Civil Veterinary Department Bihar & Orissa reports 1911-21 - 1911-1921
Year: 1911
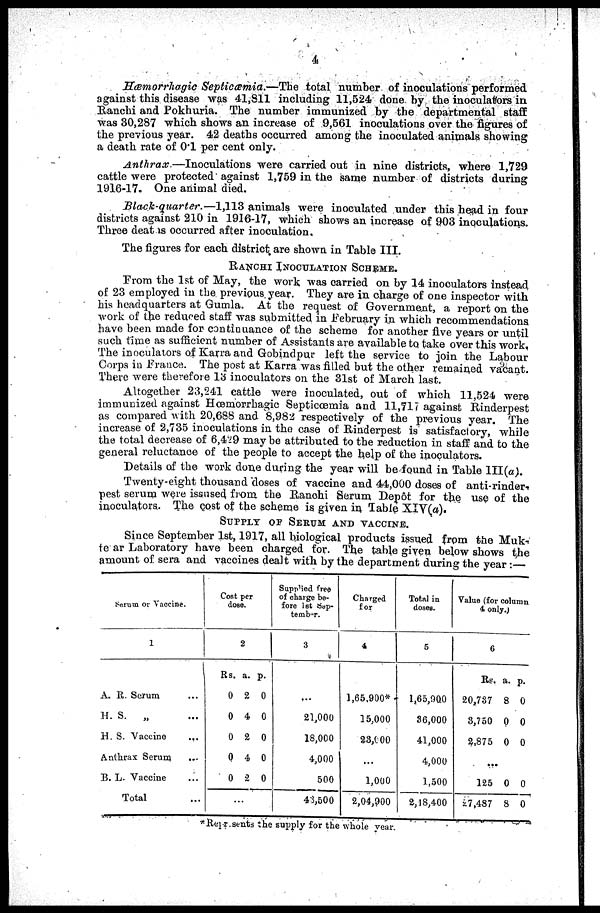
4
Hæmorrhagic Septicæmia.—The
total number of inoculations performed
against this disease was 41,811 including 11,524 done by the inoculators in
Ranchi and Pokhuria. The number immunized by the departmental staff
was 30,287 which shows an increase of 9,561 inoculations over the figures of
the previous year. 42 deaths occurred among the inoculated animals showing
a death rate of 0.1 per cent only.
Anthrax.—Inoculations
were carried out in nine districts, where 1,729
cattle were protected against 1,759 in the same number of districts during
1916-17. One animal died.
Black-quarter.—1,313
animals were inoculated under this head in four
districts against 210 in 1916-17, which shows an increase of 903 inoculations.
Three deat is occurred after inoculation.
The figures for each district are shown in Table III.
RANCHI INOCULATION SCHEME.
Prom the 1st of May, the work was carried on by 14 inoculators instead
of 23 employed in the previous year. They are in charge of one inspector with
his headquarters at Gumla. At the request of Government, a report on the
work of the reduced staff was submitted in February in which recommendations
have been made for continuance of the scheme for another live years or until
such time as sufficient number of Assistants are available to take over this work.
The inoculators of Karra and Gobindpur left the service to join the Labour
Corps in France. The post at Karra was filled but the other remained vacant.
There were therefore 13 inoculators on the 31st of March last.
Altogether 23,241 cattle were inoculated, out of which 11,524 were
immunized against Hæmorrhagic Septicæmia and 11,717 against Rinderpest
as compared with 20,688 and 8,982 respectively of the previous year. The
increase of 2,735 inoculations in the case of Rinderpest is satisfactory, while
the total decrease of 6,429 may be attributed to the reduction in staff and to the
general reluctance of the people to accept the help of the inoculators.
Details of the work done during the year will be found in Table III(a).
Twenty-eight thousand doses of vaccine and 44,000 doses of anti-rinder-
pest serum were issused from the Ranchi Serum Depot for the use of the
inoculators. The cost of the scheme is given in Table XIV(a).
SUPPLY OF SERUM AND VACCINE.
Since September 1st, 1917, all biological products issued from the Muk-
to ar Laboratory have been charged for. The table given below shows the
amount of sera and vaccines dealt with by the department during the year :—
Serum or Vaccine.
1
A. R. Serum ...
H. S.
„ ...
H. S. Vaccine ...
Anthrax Serurn ...
B. L. Vaccine ...
Total
Cost per
dose.
2
Rs. a. p.
0 2 0
0 4 0
0 2 0
0 4 0
0 2 0
...
Supplied free
of charge be-
fore 1st Sep-
tember.
3
21,000
18,000
4,000
500
43,500
Charged
for
4
1,65,900*
15,000
23,000
1,000
2,04,900
Total in
doses.
5
1,65,900
36,000
41,000
4,000
1,500
2,18,400
Value (for column
4 only)
6
Rs. a. p.
20,787 8 0
3,750 0 0
2,875 0 0
...
125 0 0
27,487 8 0
*Reprsents the supply for the whole year.